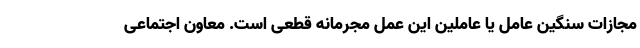
مجازات سنگین عامل یا عاملین این عمل مجرمانه قطعی است. معاون اجتماعی